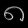
Digit: ၈